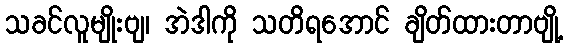
သခင်လူမျိုးဗျ၊ အဲဒါကို သတိရအောင် ချိတ်ထားတာဗျို့